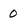
Character: 0